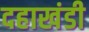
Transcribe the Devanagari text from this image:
दहाखंडी